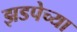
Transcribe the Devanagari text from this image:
झडपेच्या